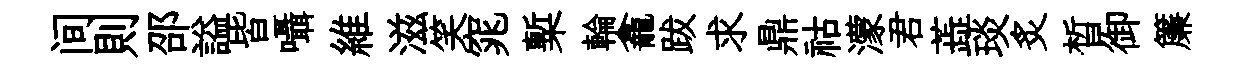
间則邵謚皆囁維滋笑窕槧輪龕跋求鼎祜濛君蕋琰炙晳御簾